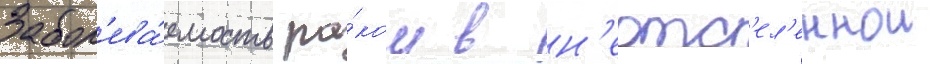
Забол'ева́емость ра́ком в н'еотс'ел'еннои